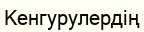
Кенгурулердің